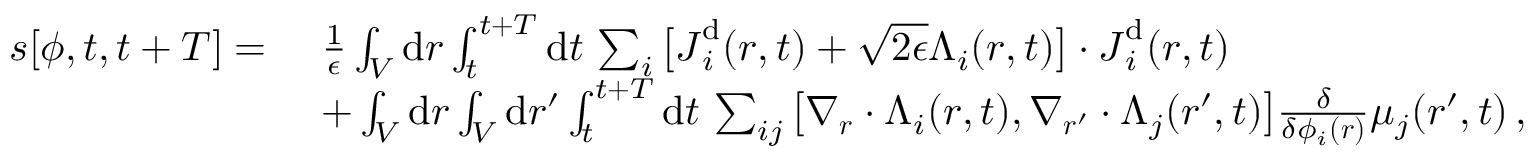
\begin{array} { r l } { s [ { \phi } , t , t + T ] = ~ } & { \frac { 1 } { \epsilon } \int _ { V } \mathrm { d } \boldsymbol { r } \int _ { t } ^ { t + T } \mathrm { d } t \, \sum _ { i } \big [ { \boldsymbol { J } } _ { i } ^ { \mathrm { d } } ( \boldsymbol { r } , t ) + \sqrt { 2 \epsilon } { \boldsymbol { \Lambda } } _ { i } ( \boldsymbol { r } , t ) \big ] \cdot { \boldsymbol { J } } _ { i } ^ { \mathrm { d } } ( \boldsymbol { r } , t ) } \\ & { + \int _ { V } \mathrm { d } \boldsymbol { r } \int _ { V } \mathrm { d } \boldsymbol { r } ^ { \prime } \int _ { t } ^ { t + T } \mathrm { d } t \, \sum _ { i j } \big [ \nabla _ { \boldsymbol { r } } \cdot { \boldsymbol { \Lambda } } _ { i } ( { \boldsymbol { r } } , t ) , \nabla _ { { \boldsymbol { r } } ^ { \prime } } \cdot { \boldsymbol { \Lambda } } _ { j } ( { \boldsymbol { r } } ^ { \prime } , t ) \big ] \frac { \delta } { \delta \phi _ { i } ( { \boldsymbol { r } } ) } \mu _ { j } ( { \boldsymbol { r } } ^ { \prime } , t ) \, , } \end{array}